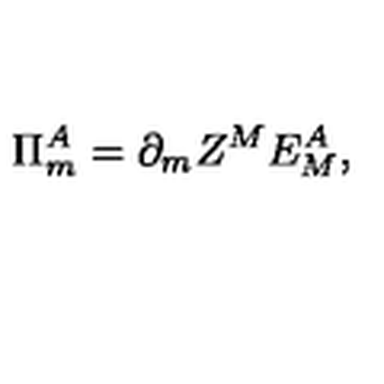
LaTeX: \Pi _ { m } ^ { A } = \partial _ { m } Z ^ { M } E _ { M } ^ { A } ,